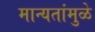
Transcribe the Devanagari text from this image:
मान्यतांमुळे